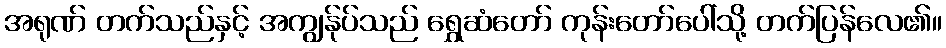
အရုဏ် တက်သည်နှင့် အကျွန်ုပ်သည် ရွှေဆံတော် ကုန်းတော်ပေါ်သို့ တက်ပြန်လေ၏။